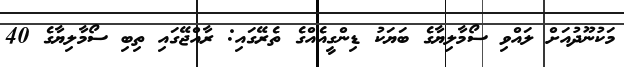
މަކުނޫދުއަށް ލައްވި ސޯމާލިޔާގެ ބަޔަކު ޑިންގީއެއްގެ ތެެރޭގައި: ރާއްޖޭގައި ތިބި ސޯމާލިޔާގެ 40